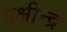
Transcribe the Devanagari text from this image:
पक्षीन्द्र